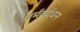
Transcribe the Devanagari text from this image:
धर्मवर्द्धन